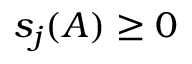
s _ { j } ( A ) \geq 0